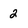
Character: 2